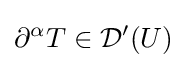
\partial ^{\alpha }T\in {\mathcal {D}}'(U)